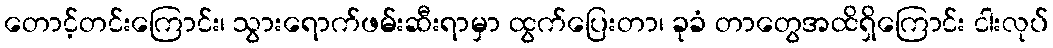
တောင့်တင်းကြောင်း၊ သွားရောက်ဖမ်းဆီးရာမှာ ထွက်ပြေးတာ၊ ခုခံ တာတွေအထိရှိကြောင်း ငါးလုပ်